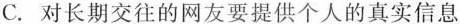
C.对长期交往的网友要提供个人的真实信息